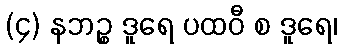
(၄) နဘဉ္စ ဒူရေ ပထဝီ စ ဒူရေ၊